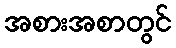
အစားအစာတွင်